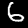
Digit: 6